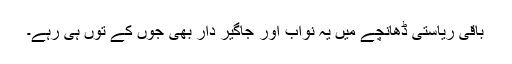
باقی ریاستی ڈھانچے میں یہ نواب اور جاگیر دار بھی جوں کے توں ہی رہے۔